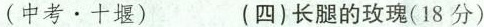
(中考。十堰) (四)长腿的玫瑰(18分)